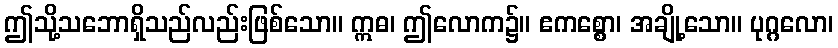
ဤသို့သဘောရှိသည်လည်းဖြစ်သော။ ဣဓ၊ ဤလောက၌။ ဧကစ္စော၊ အချို့သော။ ပုဂ္ဂလော၊